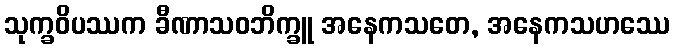
သုက္ခဝိပဿက ခီဏာသဝဘိက္ခူ အနေကသတေ, အနေကသဟဿေ